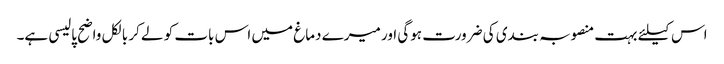
اس کیلئے بہت منصوبہ بندی کی ضرورت ہوگی اور میرے دماغ میں اس بات کو لے کر بالکل واضح پالیسی ہے۔